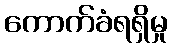
ကောက်ခံရရှိမှု